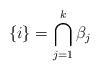
LaTeX: \begin{align*}\{ i \} = \bigcap_{j=1}^k \beta_j\end{align*}